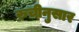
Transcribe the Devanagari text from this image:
रुचीनुसार